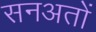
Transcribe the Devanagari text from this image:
सनअतों